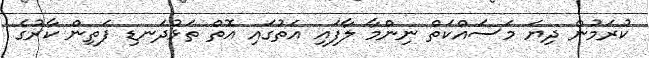
ކުރަމުން ދިޔަ މަސައްކަތް ނިންމާ ލާފައި އަތުގައި އޮތް ތަޅުދަނޑި ފަތިން ކާރުގެ